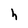
Character: h